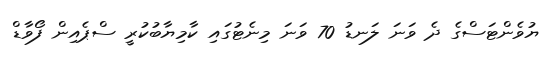
ޔުވެންޓަސްގެ ދެ ވަނަ ލަނޑު 70 ވަނަ މިނެޓުގައި ކާމިޔާބުކުރީ ސްޕެއިން ފޯވާޑް